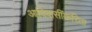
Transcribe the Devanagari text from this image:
आदिवासींकरिता